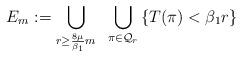
LaTeX: \begin{align*}E_{m} := \bigcup_{r \geq \frac{8\mu}{\beta_1} m}\;\;\bigcup_{\pi \in {\cal Q}_r} \left\{T(\pi) < \beta_1 r\right\}\end{align*}